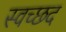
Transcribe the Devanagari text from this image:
स्वच्छद